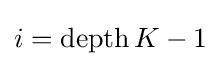
i=\operatorname {depth} K-1